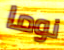
نوما